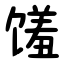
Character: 馐